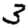
Digit: 3